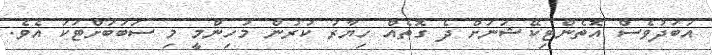
އަބަދުވެސް އޮތެންޓިކޭޝަނަށް ދެ ގޮތެއް ހިޔާރު ކުރުން މުހިންމީ މި ސަބަބަށްޓަކަ އެވެ.